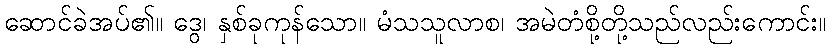
ဆောင်ခဲအပ်၏။ ဒွေ၊ နှစ်ခုကုန်သော။ မံသသူလာစ၊ အမဲတံစို့တို့သည်လည်းကောင်း။